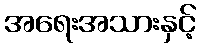
အရေးအသားနှင့်